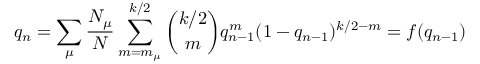
q _ { n } = \sum _ { \mu } \frac { N _ { \mu } } { N } \sum _ { m = m _ { \mu } } ^ { k / 2 } \binom { k / 2 } { m } q _ { n - 1 } ^ { m } ( 1 - q _ { n - 1 } ) ^ { k / 2 - m } = f ( q _ { n - 1 } )